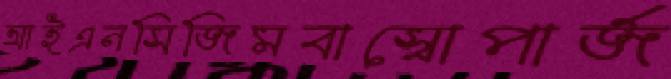
আইএনসিজিমবাস্বোপার্জ